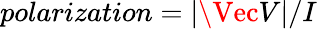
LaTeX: polarization=\lvert\Vec{V}\rvert/I